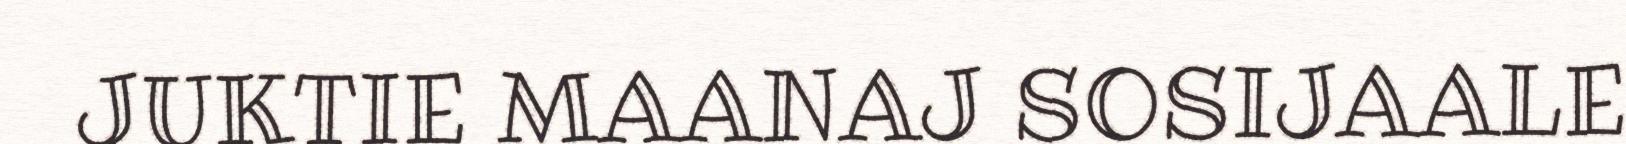
JUKTIE MAANAJ SOSIJAALE